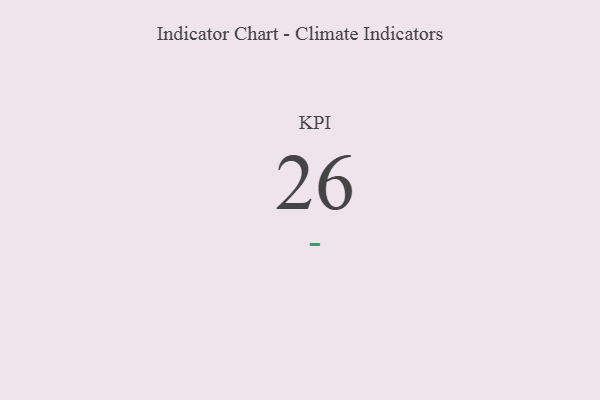
{"axis": {"x": "KPI", "y": "Value"}, "legend": [""], "data": [{"x": "KPI", "y": 26, "type": ""}]}